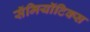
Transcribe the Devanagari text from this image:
सॅमियॉटिक्स